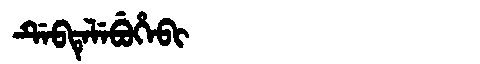
Manchu: ᡩᡝᠪᡨᡝᠯᡝᠪᡠᡥᡝᠪᡳ
Romanization: DEBTELEBUHEBI